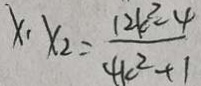
x _ { 1 } \cdot x _ { 2 } = \frac { 1 2 k ^ { 2 } - 4 } { 4 k ^ { 2 } + 1 }